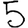
Digit: 5